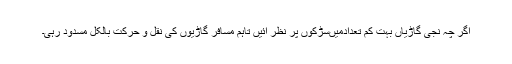
اگر چہ نجی گاڑیاں بہت کم تعدادمیںسڑکوں پر نظر آئیں تاہم مسافر گاڑیوں کی نقل و حرکت بالکل مسدود رہی۔